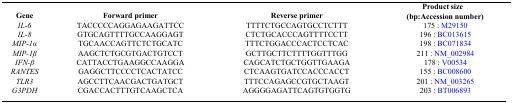
<table><thead><tr><td><b>Gene</b></td><td><b>Forward primer</b></td><td><b>Reverse primer</b></td><td><b>Product size (bp:Accession number)</b></td></tr></thead><tbody><tr><td><i>IL-6</i></td><td>TACCCCCAGGAGAAGATTCC</td><td>TTTTCTGCCAGTGCCTCTTT</td><td>175 : M29150</td></tr><tr><td><i>IL-8</i></td><td>GTGCAGTTTTGCCAAGGAGT</td><td>CTCTGCACCCAGTTTTCCTT</td><td>196 : BC013615</td></tr><tr><td><i>MIP-1α</i></td><td>TGCAACCAGTTCTCTGCATC</td><td>TTTCTGGACCCACTCCTCAC</td><td>198 : BC071834</td></tr><tr><td><i>MIP-1β</i></td><td>AAGCTCTGCGTGACTGTCCT</td><td>GCTTGCTTCTTTTGGTTTGG</td><td>211 : NM_002984</td></tr><tr><td><i>IFN-β</i></td><td>CATTACCTGAAGGCCAAGGA</td><td>CAGCATCTGCTGGTTGAAGA</td><td>178 : V00534</td></tr><tr><td><i>RANTES</i></td><td>GAGGCTTCCCCTCACTATCC</td><td>CTCAAGTGATCCACCCACCT</td><td>155 : BC008600</td></tr><tr><td><i>TLR3</i></td><td>AGCCTTCAACGACTGATGCT</td><td>TTTCCAGAGCCGTGCTAAGT</td><td>201 : NM_003265</td></tr><tr><td><i>G3PDH</i></td><td>CGACCACTTTGTCAAGCTCA</td><td>AGGGGAGATTCAGTGTGGTG</td><td>203 : BT006893</td></tr></tbody></table>